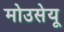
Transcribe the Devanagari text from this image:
मोउसेयू